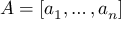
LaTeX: A = [ a _ { 1 } , \ldots , a _ { n } ]